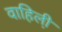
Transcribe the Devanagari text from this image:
वाहिली़